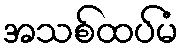
အသစ်ထပ်မံ